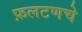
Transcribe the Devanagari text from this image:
फ़लटणचे